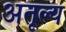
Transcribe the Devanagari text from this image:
अतूल्य